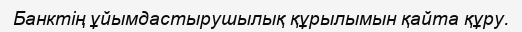
Банктің ұйымдастырушылық құрылымын қайта құру.